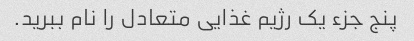
پنج جزء یک رژیم غذایی متعادل را نام ببرید.